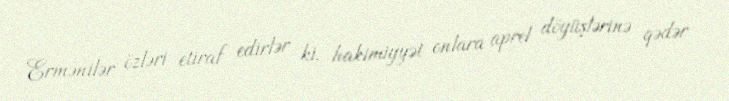
Ermənilər özləri etiraf edirlər ki, hakimiyyət onlara aprel döyüşlərinə qədər